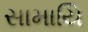
સામાયિ